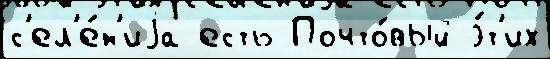
с'ел'е́н'иjа есть Почто́вый э́т'их